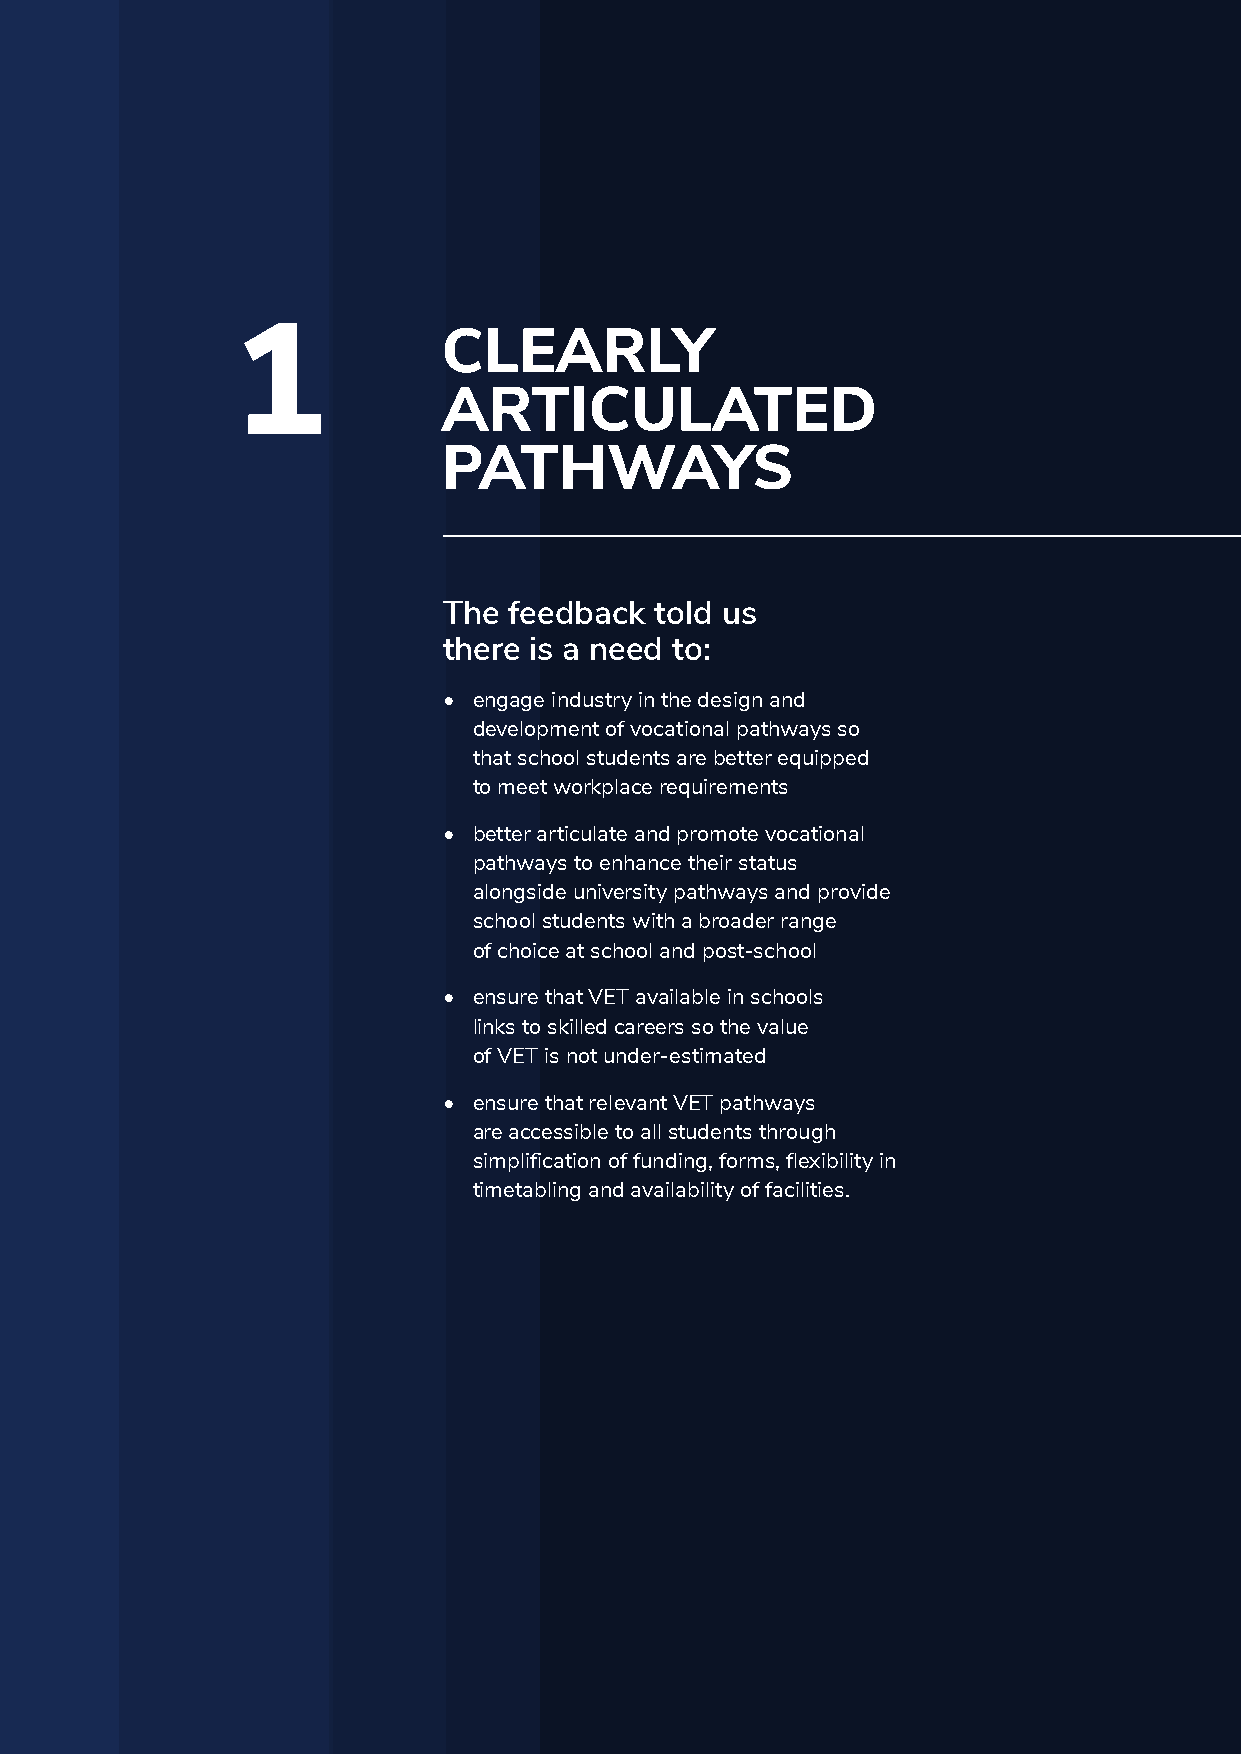
1
 CLEARLY
 ARTICULATED
 PATHWAYS
 The  feedback told us
 there is a need to:
 • engage industry in the design and
 development of vocational pathways so
 that school students are better equipped
 to meet workplace requirements
 • better articulate and promote vocational
 pathways to enhance their status
 alongside university pathways and provide
 school students with a broader range
 of choice at school and post-school
 • ensure that VET available in schools
 links to skilled careers so the value
 of VET is not under-estimated
 • ensure that relevant VET pathways
 are accessible to all students through
 simplification of funding, forms, flexibility in
 timetabling and availability of facilities.
 6                                                                                                                                                         7
 VET FOR SCHOOL STUDENTS                                                                                                               VET FOR SCHOOL STUDENTS